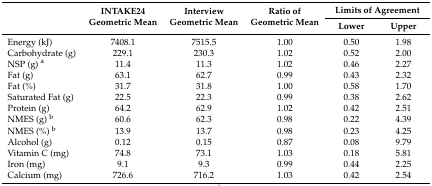
<table><thead><tr><td rowspan="2"></td><td rowspan="2"><b>INTAKE24 Geometric Mean</b></td><td rowspan="2"><b>Interview Geometric Mean</b></td><td rowspan="2"><b>Ratio of Geometric Mean</b></td><td colspan="2"><b>Limits of Agreement</b></td></tr><tr><td><b>Lower</b></td><td><b>Upper</b></td></tr></thead><tbody><tr><td>Energy (kJ)</td><td>7408.1</td><td>7515.5</td><td>1.00</td><td>0.50</td><td>1.98</td></tr><tr><td>Carbohydrate (g)</td><td>229.1</td><td>230.3</td><td>1.02</td><td>0.52</td><td>2.00</td></tr><tr><td>NSP (g) <sup>a</sup></td><td>11.4</td><td>11.3</td><td>1.02</td><td>0.46</td><td>2.27</td></tr><tr><td>Fat (g)</td><td>63.1</td><td>62.7</td><td>0.99</td><td>0.43</td><td>2.32</td></tr><tr><td>Fat (%)</td><td>31.7</td><td>31.8</td><td>1.00</td><td>0.58</td><td>1.70</td></tr><tr><td>Saturated Fat (g)</td><td>22.5</td><td>22.3</td><td>0.99</td><td>0.38</td><td>2.62</td></tr><tr><td>Protein (g)</td><td>64.2</td><td>62.9</td><td>1.02</td><td>0.42</td><td>2.51</td></tr><tr><td>NMES (g) <sup>b</sup></td><td>60.6</td><td>62.3</td><td>0.98</td><td>0.22</td><td>4.39</td></tr><tr><td>NMES (%) <sup>b</sup></td><td>13.9</td><td>13.7</td><td>0.98</td><td>0.23</td><td>4.25</td></tr><tr><td>Alcohol (g)</td><td>0.12</td><td>0.15</td><td>0.87</td><td>0.08</td><td>9.79</td></tr><tr><td>Vitamin C (mg)</td><td>74.8</td><td>73.1</td><td>1.03</td><td>0.18</td><td>5.81</td></tr><tr><td>Iron (mg)</td><td>9.1</td><td>9.3</td><td>0.99</td><td>0.44</td><td>2.25</td></tr><tr><td>Calcium (mg)</td><td>726.6</td><td>716.2</td><td>1.03</td><td>0.42</td><td>2.54</td></tr></tbody></table>